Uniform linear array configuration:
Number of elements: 4
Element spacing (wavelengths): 1
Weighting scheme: uniform
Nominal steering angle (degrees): -60
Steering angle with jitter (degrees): -61.867
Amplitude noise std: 0.05
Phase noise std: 0.05

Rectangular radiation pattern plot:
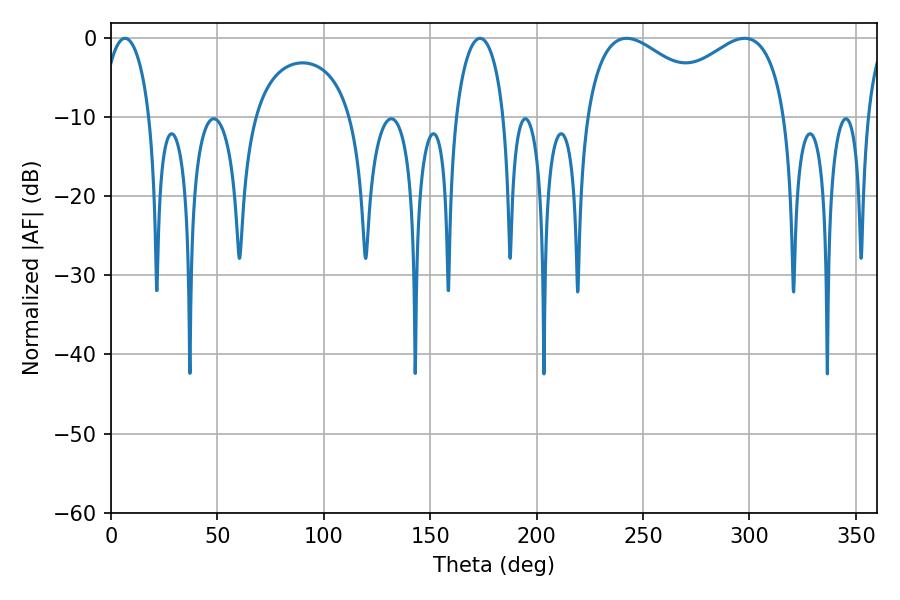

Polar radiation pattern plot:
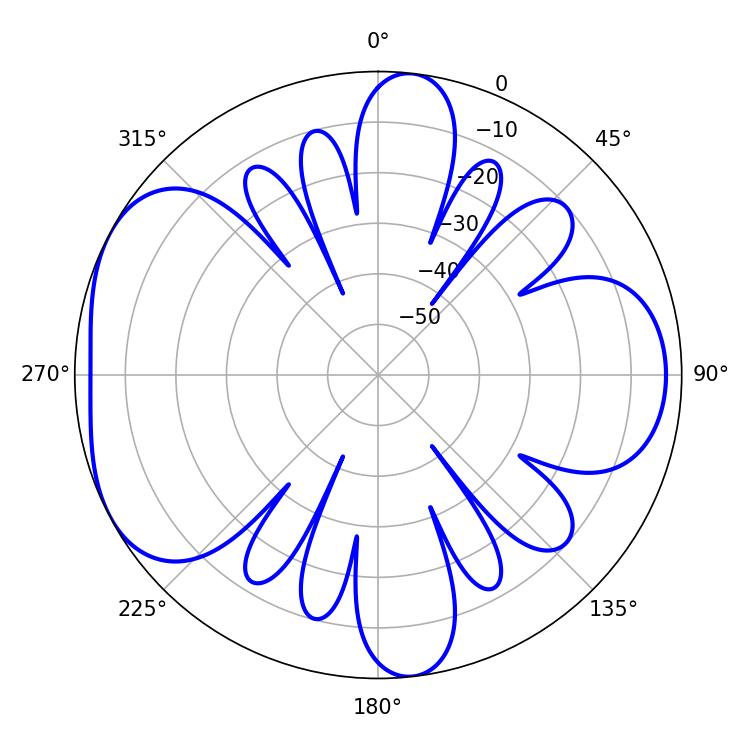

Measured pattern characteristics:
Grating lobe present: TRUE
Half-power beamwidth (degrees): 36
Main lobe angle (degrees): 242.28